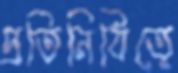
প্রতিনিধিত্বে